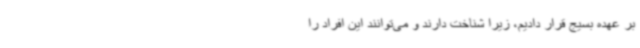
بر عهده بسیج قرار دادیم، زیرا شناخت دارند و می‌توانند این افراد را